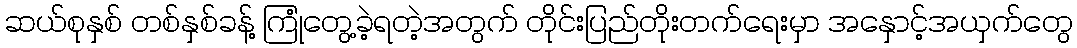
ဆယ်စုနှစ် တစ်နှစ်ခန့် ကြုံတွေ့ခဲ့ရတဲ့အတွက် တိုင်းပြည်တိုးတက်ရေးမှာ အနှောင့်အယှက်တွေ